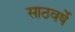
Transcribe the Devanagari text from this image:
साठवर्षे